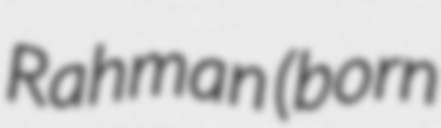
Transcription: Rahman (born